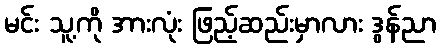
မင်း သူ့ကို အားလုံး ဖြည့်ဆည်းမှာလား ဒွန်ညာ